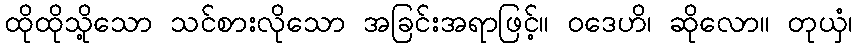
ထိုထိုသို့သော သင်စားလိုသော အခြင်းအရာဖြင့်။ ဝဒေဟိ၊ ဆိုလော။ တုယှံ၊